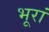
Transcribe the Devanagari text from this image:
भूरां